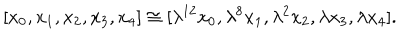
LaTeX: [ x _ { 0 } , x _ { 1 } , x _ { 2 } , x _ { 3 } , x _ { 4 } ] \cong [ \lambda ^ { 1 2 } x _ { 0 } , \lambda ^ { 8 } x _ { 1 } , \lambda ^ { 2 } x _ { 2 } , \lambda x _ { 3 } , \lambda x _ { 4 } ] .